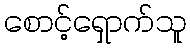
စောင့်ရှောက်သူ